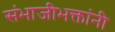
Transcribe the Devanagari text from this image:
संभाजीभक्तांनी